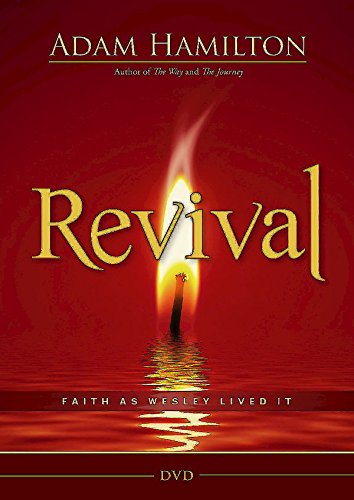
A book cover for Revival DVD: Faith as Wesley Lived It; Adam Hamilton; Christian Books & Bibles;